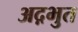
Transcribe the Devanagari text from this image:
अद़भुत